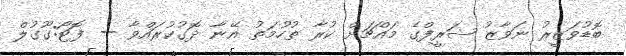
ބޮޑުވަޒީރު ނަވާޒު ޝަރީފްގެ މައްޗަށް ކުރާ ތުހުމަތު އޭނާ ދޮގުކުރައްވާ -- ފޮޓޯ:ގޫގުލް